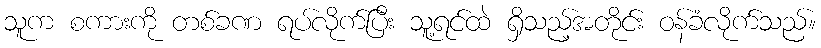
သူက စကားကို တစ်ခဏ ရပ်လိုက်ပြီး သူ့ရင်ထဲ ရှိသည့်အတိုင်း ဝန်ခံလိုက်သည်။